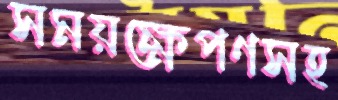
সময়ক্ষেপণসহ